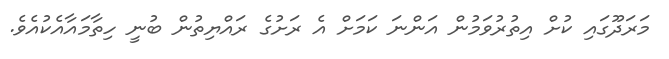
މަރަދޫގައި ކުށް އިތުރުވަމުން އަންނަ ކަމަށް އެ ރަށުގެ ރައްޔިތުން ބުނީ ހިތާމައާއެކުއެވެ.